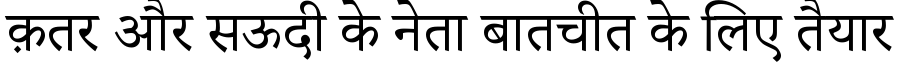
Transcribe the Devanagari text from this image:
क़तर और सऊदी के नेता बातचीत के लिए तैयार